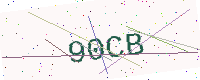
Text: 90CB